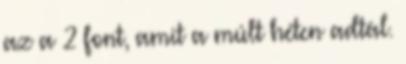
az a 2 font, amit a múlt héten adtál.